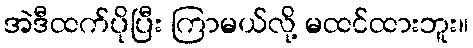
အဲဒီထက်ပိုပြီး ကြာမယ်လို့ မထင်ထားဘူး။